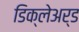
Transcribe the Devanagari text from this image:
डिक्‍लेअर्ड